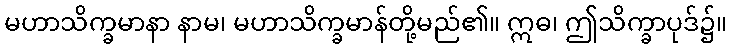
မဟာသိက္ခမာနာ နာမ၊ မဟာသိက္ခမာန်တို့မည်၏။ ဣဓ၊ ဤသိက္ခာပုဒ်၌။